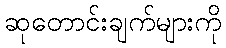
ဆုတောင်းချက်များကို